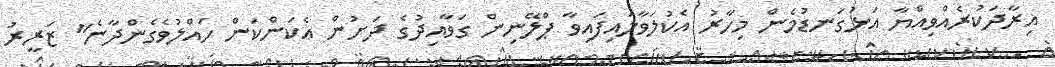
އިރާދަކުރެއްވިއްޔާ އަޅުގަނޑުމެން މިހާރު އެކުލަވާލައިފައިވާ ޕްލޭނިން ގަވާއިދުގެ ދަށުން އެކަންކަން ހައްލުވެގެންދާނެ" ޒަރީރު